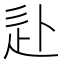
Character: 𰺮